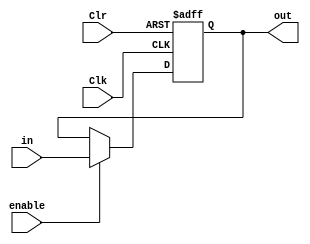
module register_32 (output reg [31:0] out, input wire [31:0] in, input wire enable, Clr, Clk);
always @ (posedge Clk, posedge Clr)
	if (Clr) out <= 32'h00000000; //Clr = 1, clears register by writing '0' to all 32 bits
	else if (enable) out <= in; 
endmodule